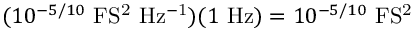
( 1 0 ^ { - 5 / 1 0 } ~ \mathrm { F S ^ { 2 } ~ H z ^ { - 1 } } ) ( 1 ~ \mathrm { H z } ) = 1 0 ^ { - 5 / 1 0 } ~ \mathrm { F S ^ { 2 } }